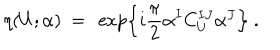
\eta ( U ; \alpha ) \ = \ \exp \left\{ i \frac { \pi } { 2 } \alpha ^ { I } C _ { U } ^ { I J } \alpha ^ { J } \right\} \ .